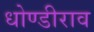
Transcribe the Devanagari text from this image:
धोण्डीराव